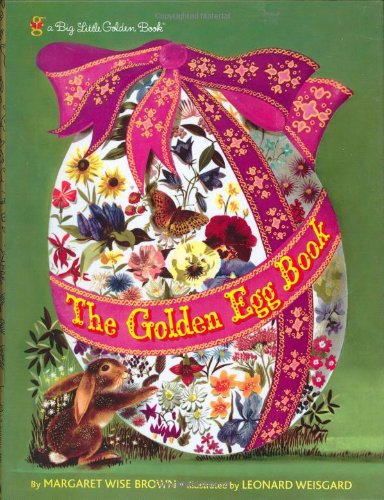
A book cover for The Golden Egg Book (Big Little Golden Book); Margaret Wise Brown; Children's Books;